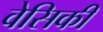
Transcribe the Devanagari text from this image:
वेसिकी